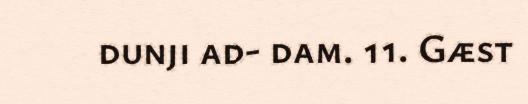
dunji ad- dam. 11. Gæst